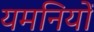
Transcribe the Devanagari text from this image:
यमनियों